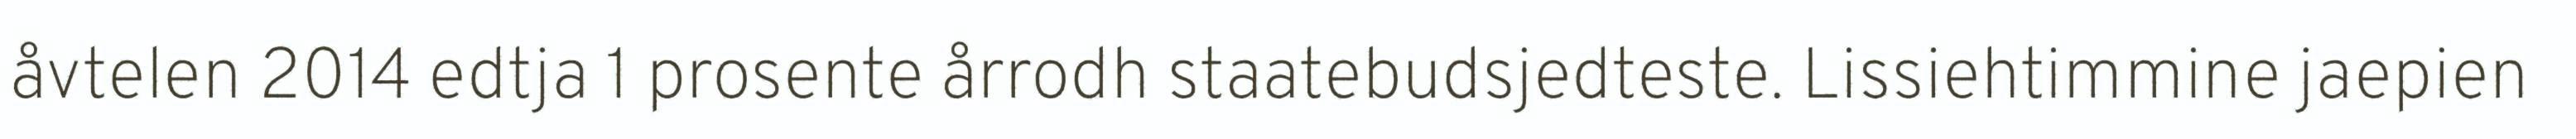
åvtelen 2014 edtja 1 prosente årrodh staatebudsjedteste. Lissiehtimmine jaepien